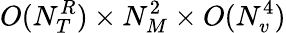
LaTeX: O(N_{T}^{R})\times N_{M}^{2}\times O(N_{v}^{4})